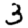
Digit: 3